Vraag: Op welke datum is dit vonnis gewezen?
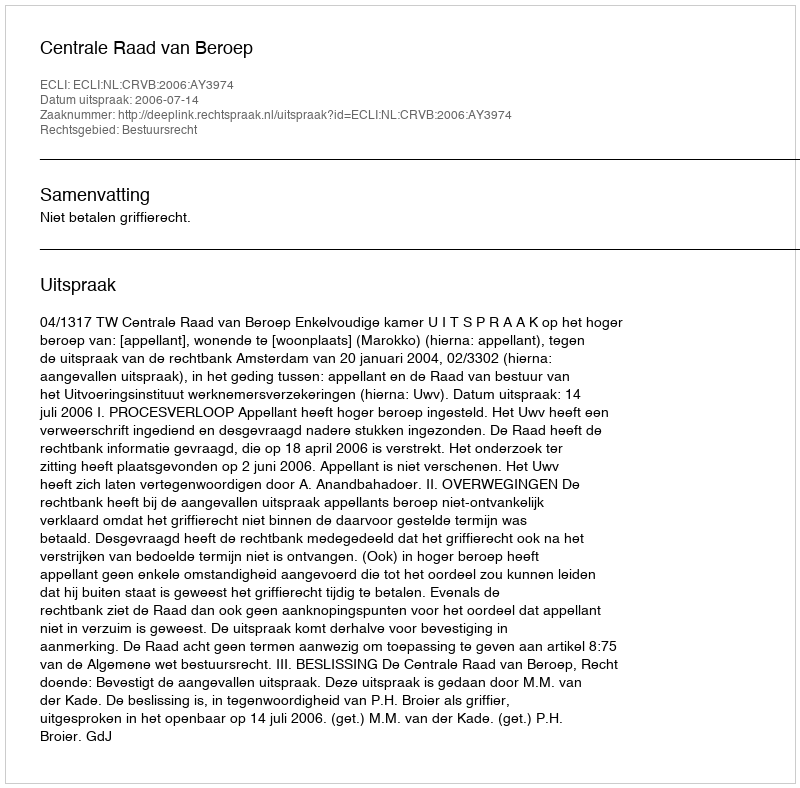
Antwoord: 2006-07-14